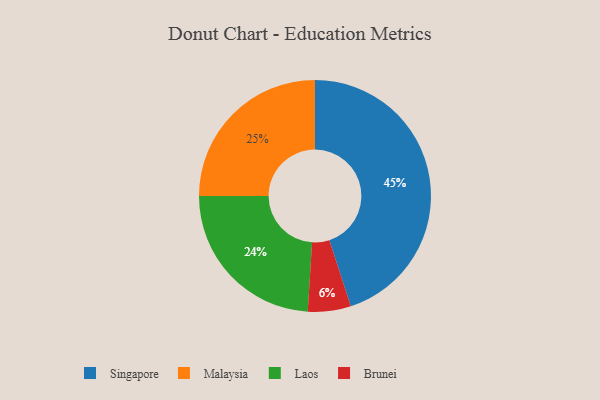
{"axis": {"x": "Category", "y": "Percentage"}, "legend": ["Brunei", "Laos", "Malaysia", "Singapore"], "data": [{"x": "Malaysia", "y": 25, "type": "Malaysia"}, {"x": "Singapore", "y": 45, "type": "Singapore"}, {"x": "Laos", "y": 24, "type": "Laos"}, {"x": "Brunei", "y": 6, "type": "Brunei"}]}